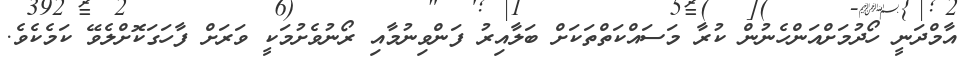
އާމްދަނީ ހޯދުމަށްއަންހެނުން ކުރާ މަސައްކަތްތަކަށް ބަލާއިރު ފަންވިނުމާއި ރޯނުވެށުމަކީ ވަރަށް ފާހަގަކޮށްލެވޭ ކަމެކެވެ.